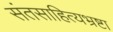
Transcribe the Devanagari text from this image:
संतसाहित्यभ्रष्टा